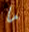
ما